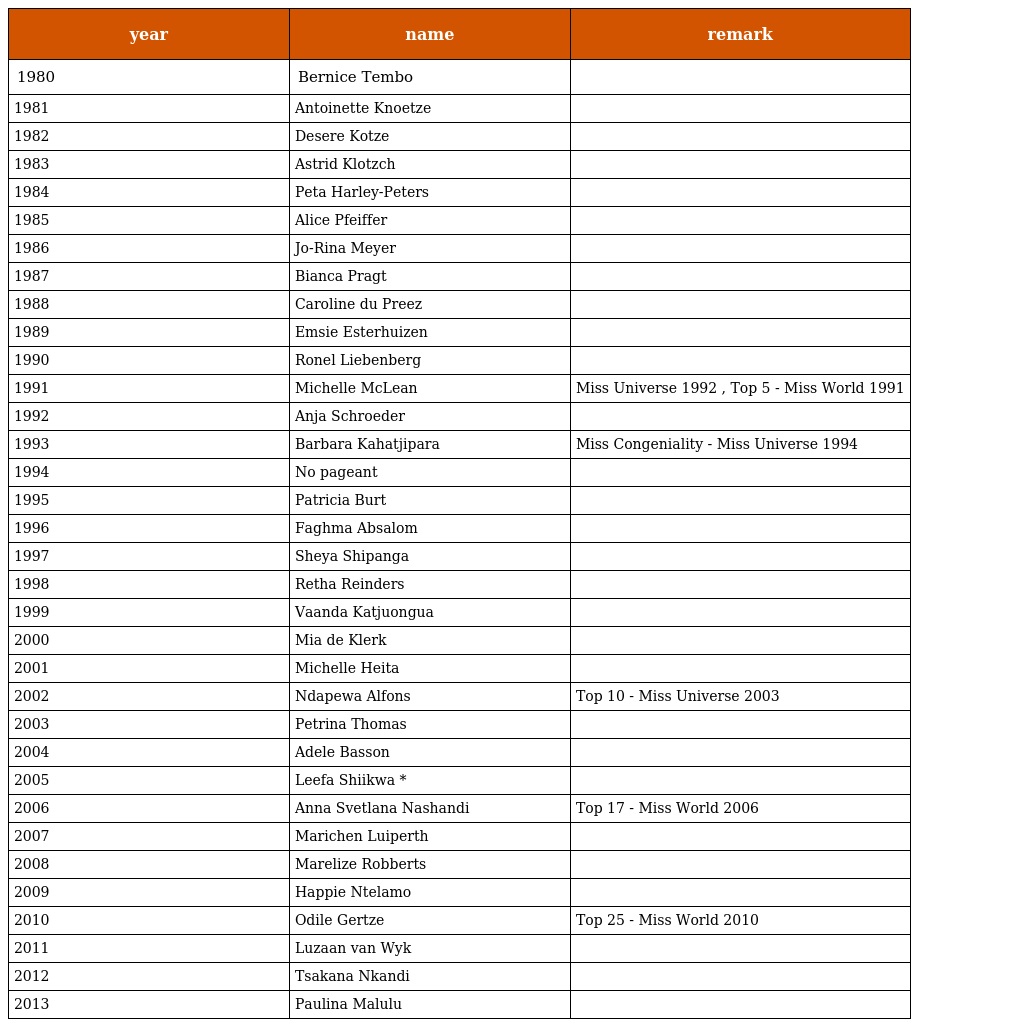
| year | name | remark |
 | --- | --- | --- |
 | 1980 | Bernice Tembo |  |
 | 1981 | Antoinette Knoetze |  |
 | 1982 | Desere Kotze |  |
 | 1983 | Astrid Klotzch |  |
 | 1984 | Peta Harley-Peters |  |
 | 1985 | Alice Pfeiffer |  |
 | 1986 | Jo-Rina Meyer |  |
 | 1987 | Bianca Pragt |  |
 | 1988 | Caroline du Preez |  |
 | 1989 | Emsie Esterhuizen |  |
 | 1990 | Ronel Liebenberg |  |
 | 1991 | Michelle McLean | Miss Universe 1992 , Top 5 - Miss World 1991 |
 | 1992 | Anja Schroeder |  |
 | 1993 | Barbara Kahatjipara | Miss Congeniality - Miss Universe 1994 |
 | 1994 | No pageant |  |
 | 1995 | Patricia Burt |  |
 | 1996 | Faghma Absalom |  |
 | 1997 | Sheya Shipanga |  |
 | 1998 | Retha Reinders |  |
 | 1999 | Vaanda Katjuongua |  |
 | 2000 | Mia de Klerk |  |
 | 2001 | Michelle Heita |  |
 | 2002 | Ndapewa Alfons | Top 10 - Miss Universe 2003 |
 | 2003 | Petrina Thomas |  |
 | 2004 | Adele Basson |  |
 | 2005 | Leefa Shiikwa * |  |
 | 2006 | Anna Svetlana Nashandi | Top 17 - Miss World 2006 |
 | 2007 | Marichen Luiperth |  |
 | 2008 | Marelize Robberts |  |
 | 2009 | Happie Ntelamo |  |
 | 2010 | Odile Gertze | Top 25 - Miss World 2010 |
 | 2011 | Luzaan van Wyk |  |
 | 2012 | Tsakana Nkandi |  |
 | 2013 | Paulina Malulu |  |